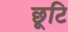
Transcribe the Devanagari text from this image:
छूटि